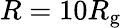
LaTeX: R=10R_{\mathrm{g}}